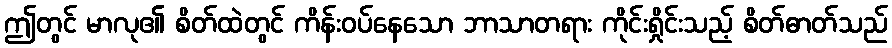
ဤတွင် မာလု၏ စိတ်ထဲတွင် ကိန်းဝပ်နေသော ဘာသာတရား ကိုင်းရှိုင်းသည့် စိတ်ဓာတ်သည်